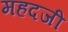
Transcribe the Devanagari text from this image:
महदजी